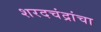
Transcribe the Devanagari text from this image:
शरदचंद्रांचा